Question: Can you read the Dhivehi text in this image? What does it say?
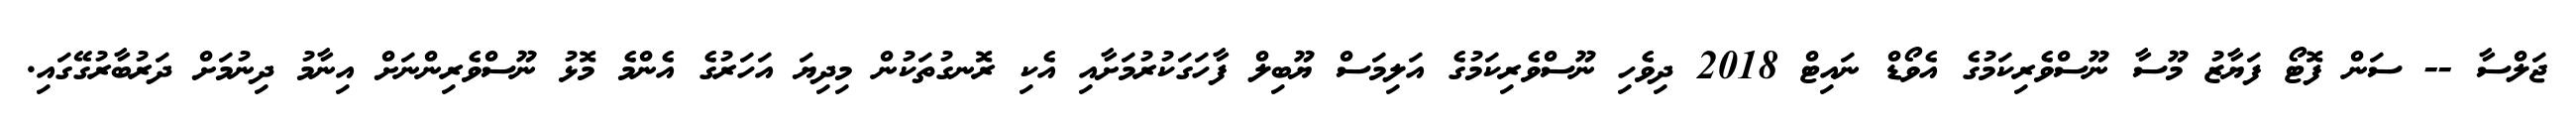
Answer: ޖަލްސާ -- ސަން ފޮޓޯ ފަޔާޒު މޫސާ ނޫސްވެރިކަމުގެ އެވޯޑް ނައިޓް 2018 ދިވެހި ނޫސްވެރިކަމުގެ އަލިމަސް ޔޫބިލް ފާހަގަކުރުމަށާއި އެކި ރޮނގުތަކުން މިދިޔަ އަހަރުގެ އެންމެ މޮޅު ނޫސްވެރިންނަށް އިނާމު ދިނުމަށް ދަރުބާރުގޭގައި.